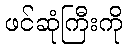
ဖင်ဆုံကြီးကို